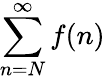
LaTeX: \sum_{n=N}^{\infty}f(n)